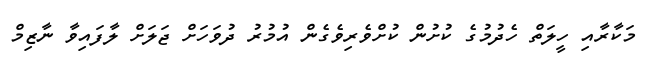
މަކާރާއި ހީލަތް ހެދުމުގެ ކުށުން ކުށްވެރިވެގެން އުމުރު ދުވަހަށް ޖަލަށް ލާފައިވާ ނާޒިމް